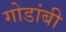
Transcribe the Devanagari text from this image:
गोडांबी